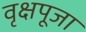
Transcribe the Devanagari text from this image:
वृक्षपूजा